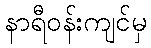
နာရီဝန်းကျင်မှ